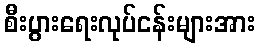
စီးပွားရေးလုပ်ငန်းများအား